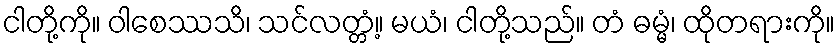
ငါတို့ကို။ ဝါစေဿသိ၊ သင်လတ္တံ့။ မယံ၊ ငါတို့သည်။ တံ ဓမ္မံ၊ ထိုတရားကို။